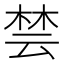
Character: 𪲡